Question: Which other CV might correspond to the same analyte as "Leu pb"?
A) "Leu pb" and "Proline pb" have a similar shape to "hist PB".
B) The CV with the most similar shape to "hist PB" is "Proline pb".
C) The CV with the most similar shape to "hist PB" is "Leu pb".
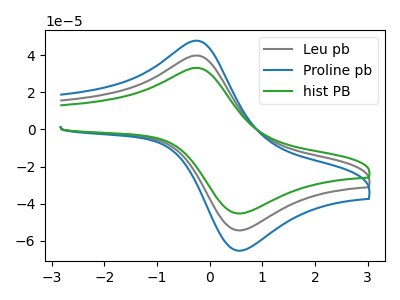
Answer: <think>The gray curve "Leu pb" has an anodic peak at (-0.25V, 39.75uA) and a cathodic peak at (0.65V, -54.10uA). The blue curve "Proline pb" has an anodic peak at (-0.25V, 79.50uA) and a cathodic peak at (0.65V, -108.15uA). The green curve "hist PB" has an anodic peak at (-0.25V, 33.10uA) and a cathodic peak at (0.65V, -45.05uA).
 All the peaks in "Leu pb" have a peak in "Proline pb" at the same potential. Every peak in "Leu pb" is lower than every peak in "Proline pb". All the peaks in "Leu pb" have a peak in "hist PB" at the same potential. Every peak in "Leu pb" is higher than every peak in "hist PB". All the peaks in "Proline pb" have a peak in "hist PB" at the same potential. Every peak in "Proline pb" is higher than every peak in "hist PB".</think>
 <answer>A) "Leu pb" and "Proline pb" have a similar shape to "hist PB".</answer>
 <eval>A</eval>